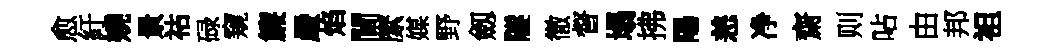
愈紆嬈㬌祜碌窺簾嚴焰閫縻媒野劔隧徹督塌拂陽恙净齋则呫由邦袒